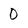
Character: 0